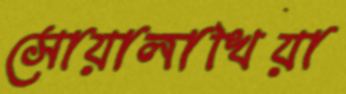
সোয়ালাখিয়া